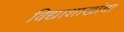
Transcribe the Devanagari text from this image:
विद्याशाखांचा